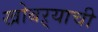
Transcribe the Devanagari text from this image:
खोबऱ्याची